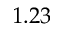
1 . 2 3